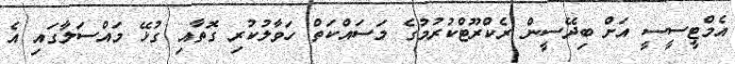
އެމްޓީސީސީ އަށް ބިދޭސީން ރެކްރޫޓްކުރުމުގެ މަސައްކަތް ހަވާލުކުރި ގޮތާއި ގުޅޭ މައްސަލާގައި އެ